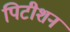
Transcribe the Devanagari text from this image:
पिटीशन